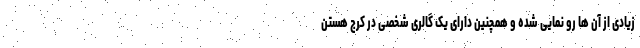
زیادی از آن ها رو نمایی شده و همچنین دارای یک گالری شخصی در کرج هستن